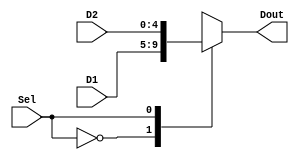
`timescale 1ns / 1ps
//////////////////////////////////////////////////////////////////////////////////
// Company: 
// Engineer: 
// 
// Design Name: 
// Module Name:    mux2to1_5bit 
// Project Name: 
// Target Devices: 
// Tool versions: 
// Description: 
//
// Dependencies: 
//
// Revision: 
// Revision 0.01 - File Created
// Additional Comments: 
//
//////////////////////////////////////////////////////////////////////////////////
module mux2to1_5bit(
    input [4:0] D1,
    input [4:0] D2,
    input Sel,
    output reg [4:0] Dout
    );
	 
	 always@(*) begin
		case(Sel)
			1'b0: Dout <= D1;
			1'b1: Dout <= D2;
		endcase
	 end
	 

endmodule